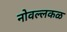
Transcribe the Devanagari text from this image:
नोवल्लकळ